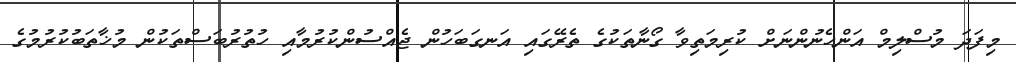
މިފަދަ މުސްލިމް އަންހެނުންނަށް ކުރިމަތިވާ ގޯނާތަކުގެ ތެރޭގައި އަނގަބަހުން ޖެއްސުންކުރުމާއި ހުތުރުބަސްތަކުން މުޚާތަބުކުރުމުގެ